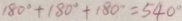
1 8 0 ^ { \circ } + 1 8 0 ^ { \circ } + 1 8 0 ^ { \circ } = 5 4 0 ^ { \circ }